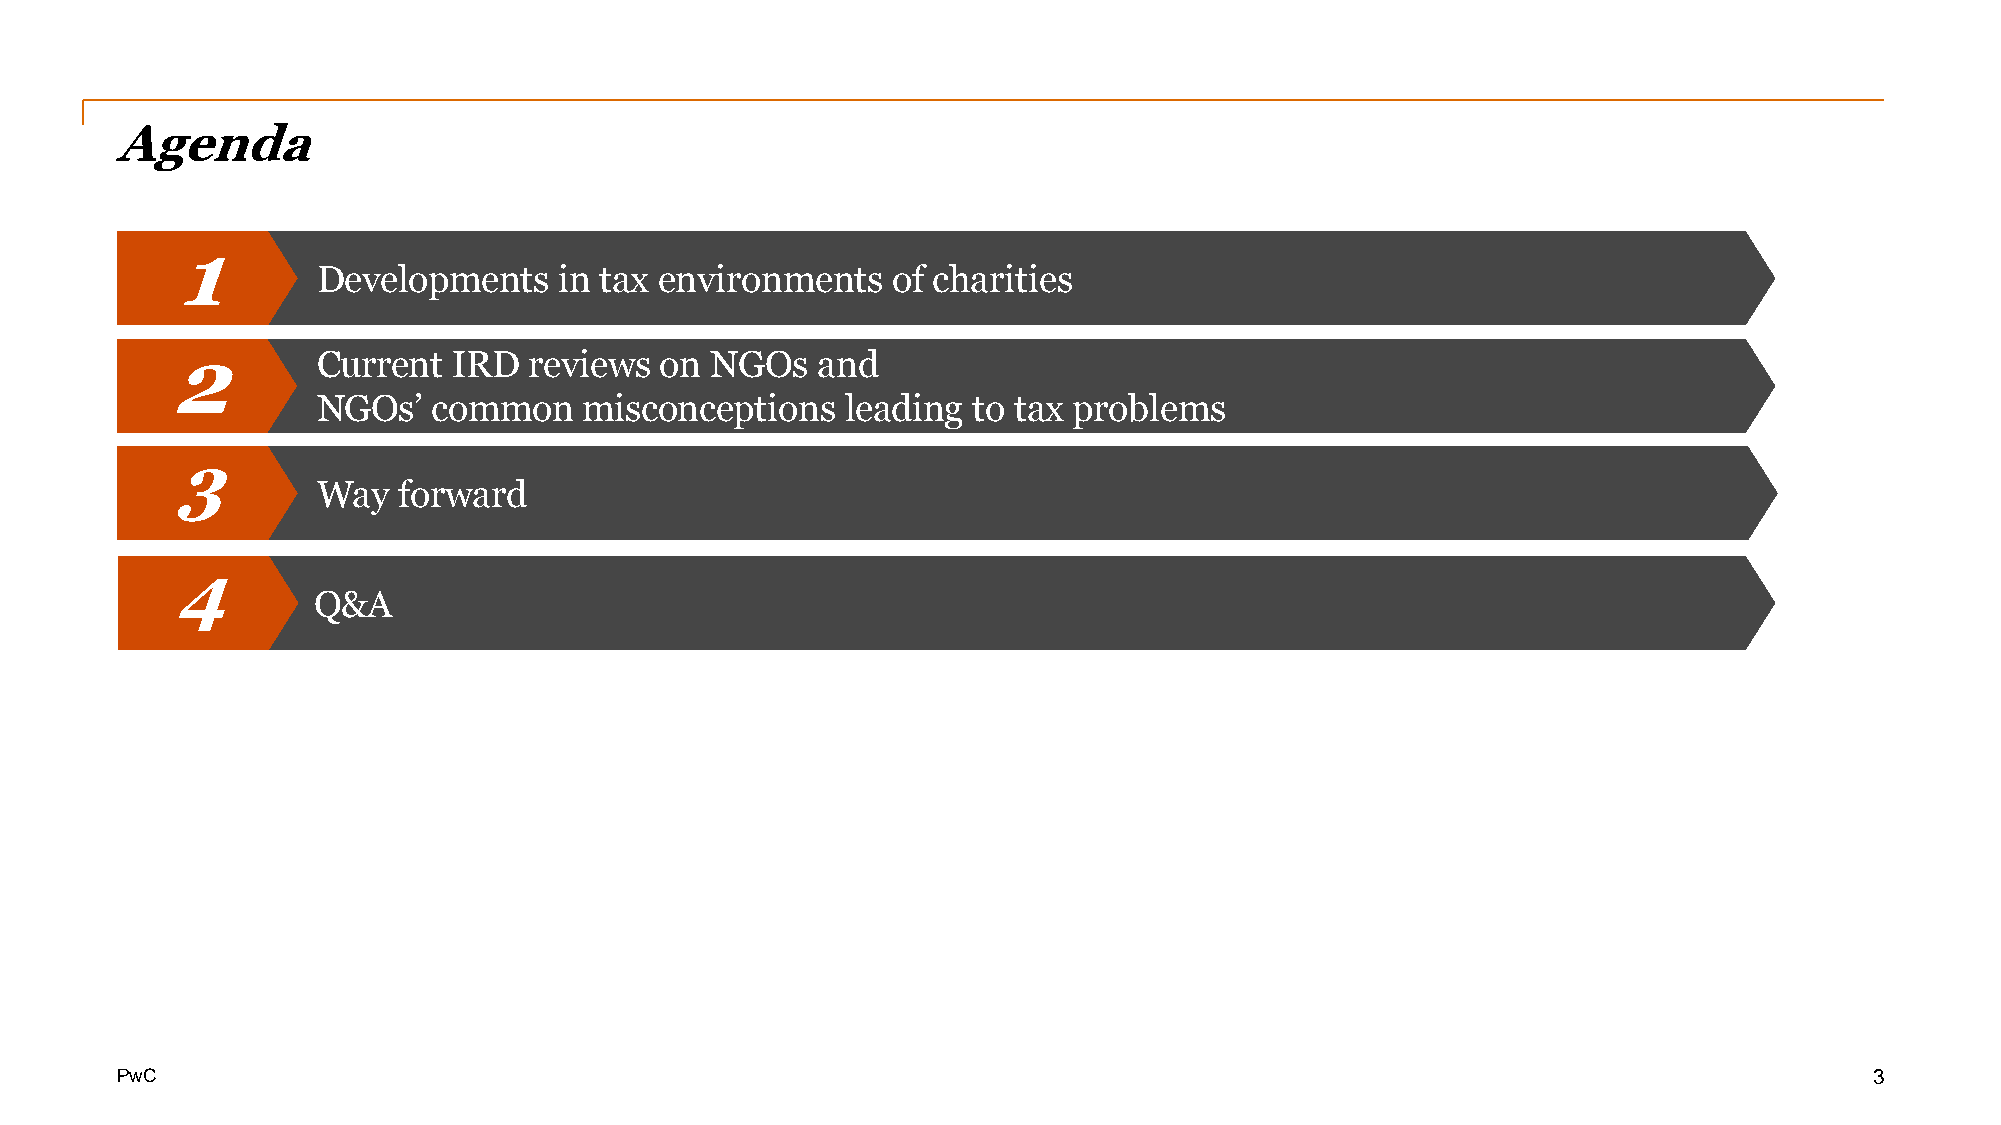
Agenda
 1
 Developments    in tax environments   of charities
 2         Current  IRD  reviews  on NGOs   and
 NGOs’   common    misconceptions   leading to tax problems
 3
 Way  forward
 4
 Q&A
 PwC                                                                                                                 3